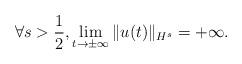
LaTeX: \begin{align*}\forall s>\frac{1}{2},\lim_{t\to \pm\infty} \|u(t)\|_{H^s}=+\infty.\end{align*}